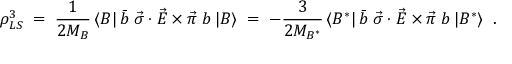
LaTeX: \rho _ { L S } ^ { 3 } \; = \; \frac { 1 } { 2 M _ { B } } \, \langle B | \, \bar { b } \; \vec { \sigma } \cdot \vec { E } \times \vec { \pi } \; b \, | B \rangle \; = \; - \frac { 3 } { 2 M _ { B ^ { * } } } \, \langle B ^ { * } | \, \bar { b } \; \vec { \sigma } \cdot \vec { E } \times \vec { \pi } \; b \, | B ^ { * } \rangle \; \; .